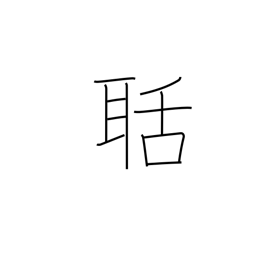
Meaning: noisy